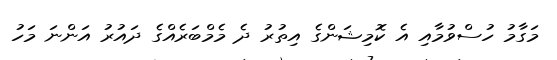
މަގާމު ހުސްވުމާއި އެ ކޮމިޝަންގެ އިތުރު ދެ މެމްބަރެއްގެ ދައުރު އަންނަ މަހު